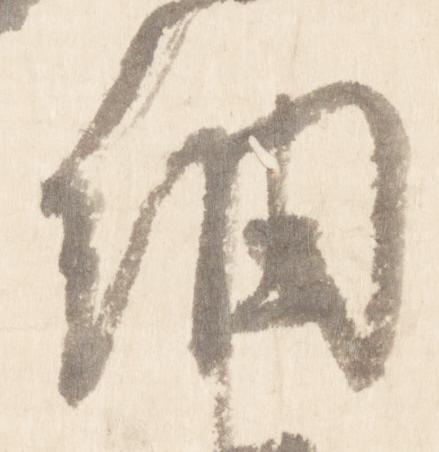
細